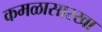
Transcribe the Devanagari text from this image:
कमळासारखा